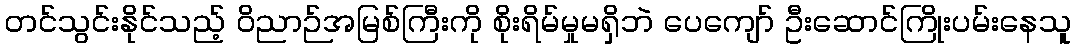
တင်သွင်းနိုင်သည့် ဝိညာဉ်အမြစ်ကြီးကို စိုးရိမ်မှုမရှိဘဲ ပေကျော် ဦးဆောင်ကြိုးပမ်းနေသူ